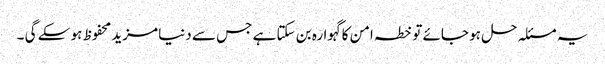
یہ مسئلہ حل ہو جائے تو خطہ امن کا گہوارہ بن سکتا ہے جس سے دنیا مزید محفوظ ہو سکے گی ۔